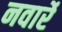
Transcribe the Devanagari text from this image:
नवार्रे